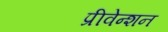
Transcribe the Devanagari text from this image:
प्रीवेन्शन